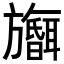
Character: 𪰅